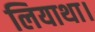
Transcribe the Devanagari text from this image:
लियाथा।